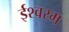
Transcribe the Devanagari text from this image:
ईश्वरम